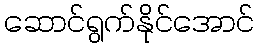
ဆောင်ရွက်နိုင်အောင်